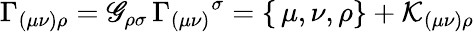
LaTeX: \Gamma_{(\mu\nu)\rho}=\mathscr{G}_{\rho\sigma}\, \Gamma_{(\mu\nu)}{}^{\sigma}=\{ \, \mu,\nu,\rho\} +\mathcal{{K}}_{(\mu\nu)\rho}